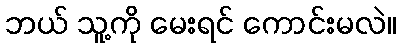
ဘယ် သူ့ကို မေးရင် ကောင်းမလဲ။